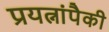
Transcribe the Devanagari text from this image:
प्रयत्नांपैकी